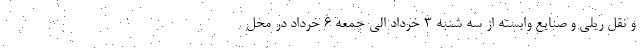
و نقل ریلی و صنایع وابسته از سه شنبه ۳ خرداد الی جمعه ۶ خرداد در محل